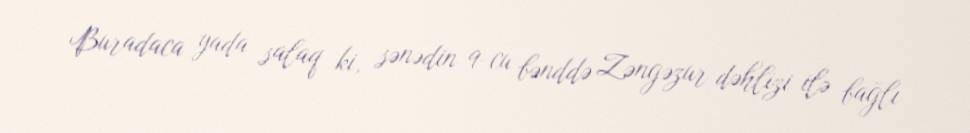
Buradaca yada salaq ki, sənədin 9-cu bənddə Zəngəzur dəhlizi ilə bağlı